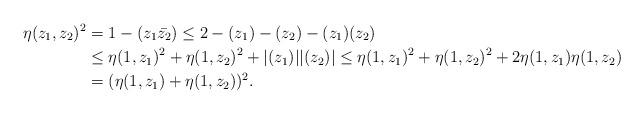
LaTeX: \begin{align*}\eta(z_1,z_2)^2 &= 1-(z_1\bar{z_2}) \leq 2 - (z_1)-(z_2)-(z_1)(z_2) \\&\leq \eta(1,z_1)^2 + \eta(1,z_2)^2 + |(z_1)||(z_2)| \leq \eta(1,z_1)^2 + \eta(1,z_2)^2 + 2\eta(1,z_1)\eta(1,z_2) \\&= (\eta(1,z_1)+\eta(1,z_2))^2.\end{align*}